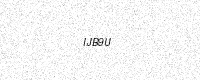
Text: IJB9U